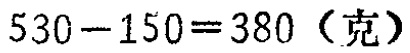
\(530 - 150 = 380\)（克）